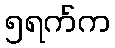
၅ရက်က